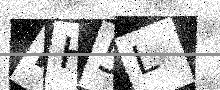
Text: PH5L